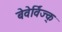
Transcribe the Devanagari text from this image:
बेवेर्विज्क्